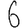
Digit: 6